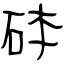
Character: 砵